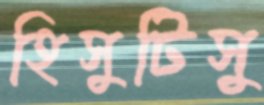
হিসুটিসু